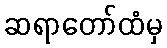
ဆရာတော်ထံမှ